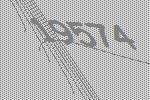
19574